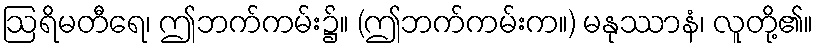
ဩရိမတီရေ၊ ဤဘက်ကမ်း၌။ (ဤဘက်ကမ်းက။) မနုဿာနံ၊ လူတို့၏။